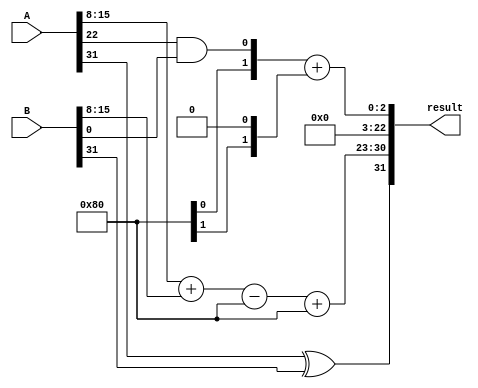
module FloatingPointWallaceTreeMultiplier #(
    parameter N = 8, // Number of bits for exponent
    parameter M = 23 // Number of bits for significand (mantissa)
)(
    input wire [N + M + 1 - 1:0] A, // Input A (1 sign bit, N exponent bits, M significand bits)
    input wire [N + M + 1 - 1:0] B, // Input B
    output reg [N + M + 1 - 1:0] result // Output result
);

    // Internal signals
    wire sign_A = A[N + M]; // Sign bit of A
    wire sign_B = B[N + M]; // Sign bit of B
    wire [N-1:0] exp_A = A[N + M - 1:N]; // Exponent of A
    wire [N-1:0] exp_B = B[N + M - 1:N]; // Exponent of B
    wire [M-1:0] sig_A = A[M - 1:0]; // Significand of A
    wire [M-1:0] sig_B = B[M - 1:0]; // Significand of B

    wire sign_result;
    wire [N-1:0] exp_result;
    wire [2*M:0] sig_result; // Result significand (may need more bits for overflow)

    // Sign calculation
    assign sign_result = sign_A ^ sign_B;

    // Exponent calculation
    wire [N:0] exp_sum = {1'b0, exp_A} + {1'b0, exp_B} - (1 << (N - 1)); // Subtract bias
    assign exp_result = exp_sum[N-1:0] + (1 << (N - 1)); // Add bias back

    // Significand multiplication using Wallace Tree
    wire [M-1:0] partial_products[M-1:0];
    genvar i, j;

    // Generate partial products
    generate
        for (i = 0; i < M; i = i + 1) begin : pp_gen
            for (j = 0; j < M; j = j + 1) begin : pp_inner
                assign partial_products[i][j] = sig_A[i] & sig_B[j];
            end
        end
    endgenerate

    // Wallace Tree reduction (simplified)
    wire [2*M:0] sum;
    wire [M:0] carry;

    // First level of reduction (simple example)
    assign sum[0] = partial_products[0][0];
    assign carry[0] = 0;

    generate
        for (i = 1; i < M; i = i + 1) begin : reduction
            assign sum[i] = partial_products[i][0] ^ carry[i-1];
            assign carry[i] = partial_products[i][0] & carry[i-1];
        end
    endgenerate

    // Final significand calculation (simplified)
    assign sig_result = sum[M-1:M] + carry[M-1:M];

    // Normalization (simplified)
    // This part should include shifting and adjusting exponent based on the leading bit of sig_result
    // For simplicity, we assume normalization is handled here

    // Rounding (not implemented in this example)

    // Output formatting
    always @(*) begin
        result = {sign_result, exp_result, sig_result[M-1:0]};
    end

endmodule